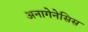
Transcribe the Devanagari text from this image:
अनागेनेसिस